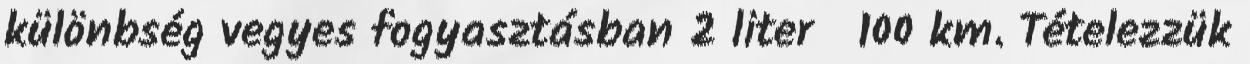
különbség vegyes fogyasztásban 2 liter 100 km. Tételezzük